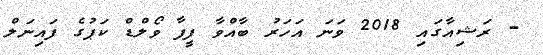
- ރަޝިއާގައި 2018 ވަނަ އަހަރު ބާއްވާ ފީފާ ވޯލްޑް ކަޕުގެ ފައިނަލް